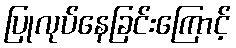
ပြုလုပ်နေခြင်းကြောင့်